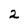
Character: 2